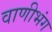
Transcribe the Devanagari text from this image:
वाणीभंग